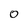
Character: 0